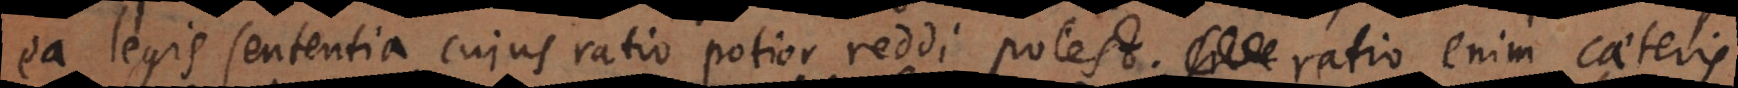
ea legis sententia, cujus ratio potior reddi potest; ratio enim caeteris